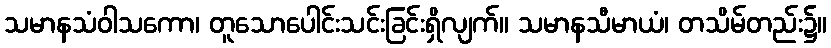
သမာနသံဝါသကော၊ တူသောပေါင်းသင်းခြင်းရှိလျက်။ သမာနသီမာယံ၊ တသိမ်တည်း၌။